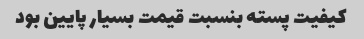
کیفیت پسته بنسبت قیمت بسیار پایین بود